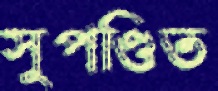
সুপণ্ডিত